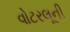
વોટરલૂની